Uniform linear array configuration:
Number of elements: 16
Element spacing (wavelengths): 0.75
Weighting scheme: uniform
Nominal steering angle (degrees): -15
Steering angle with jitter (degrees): -13.017
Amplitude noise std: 0.05
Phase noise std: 0.05

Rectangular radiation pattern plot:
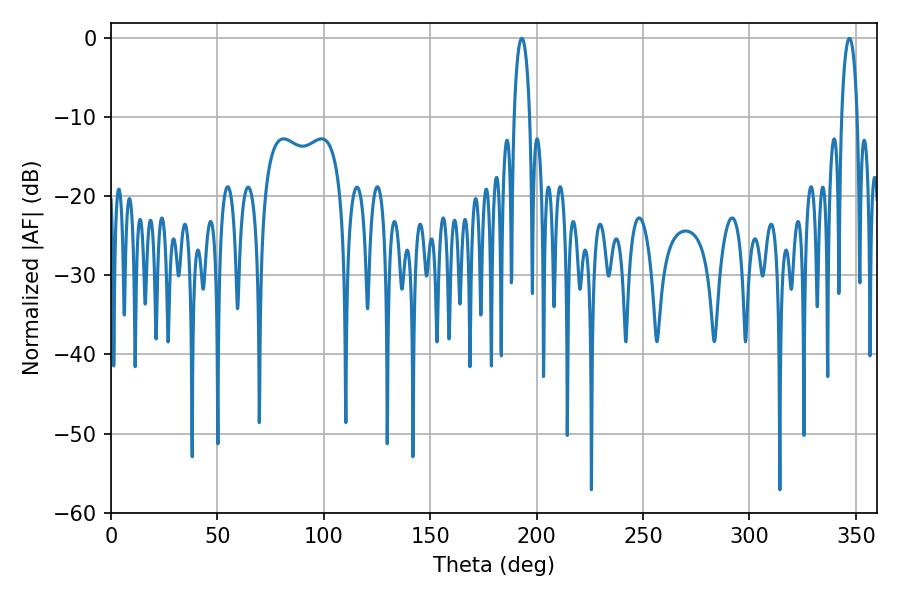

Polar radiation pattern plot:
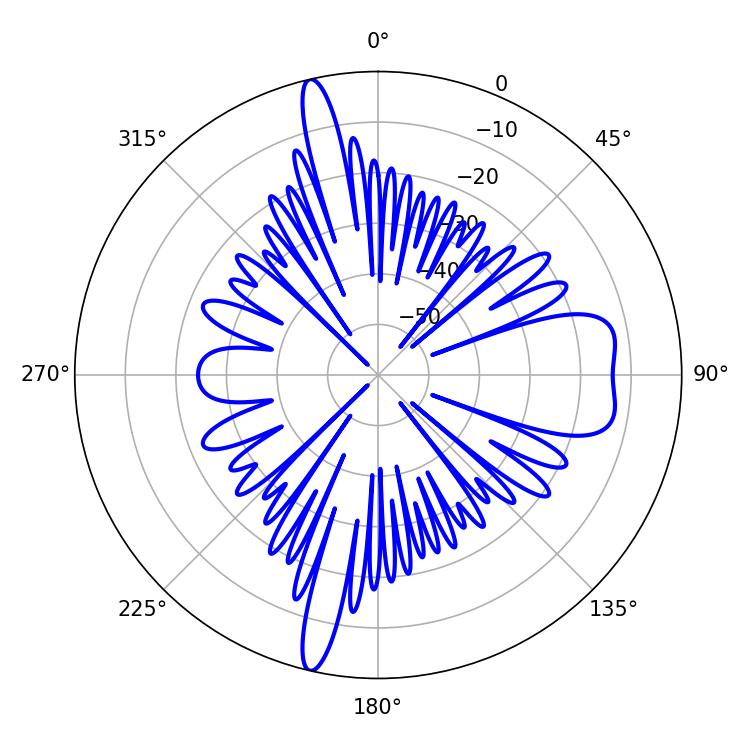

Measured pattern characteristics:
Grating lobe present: TRUE
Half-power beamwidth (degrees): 4.14
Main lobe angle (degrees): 347.04